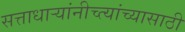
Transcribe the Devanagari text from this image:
सत्ताधार्‍यांनीच्त्यांच्यासाठी